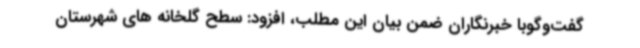
گفت‌وگوبا خبرنگاران ضمن بیان این مطلب، افزود: سطح گلخانه های شهرستان